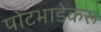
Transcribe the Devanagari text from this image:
पोटभाडेकरू